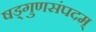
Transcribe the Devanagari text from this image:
षड्गुणसंपदम्‌